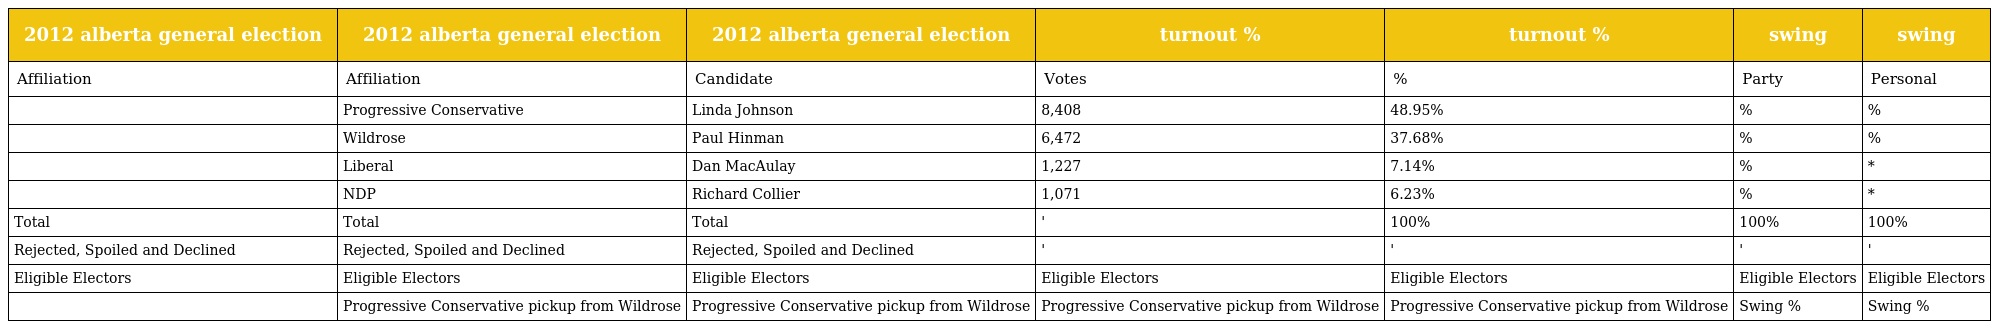
| 2012 alberta general election | 2012 alberta general election | 2012 alberta general election | turnout % | turnout % | swing | swing |
 | --- | --- | --- | --- | --- | --- | --- |
 | Affiliation | Affiliation | Candidate | Votes | % | Party | Personal |
 |  | Progressive Conservative | Linda Johnson | 8,408 | 48.95% | % | % |
 |  | Wildrose | Paul Hinman | 6,472 | 37.68% | % | % |
 |  | Liberal | Dan MacAulay | 1,227 | 7.14% | % | * |
 |  | NDP | Richard Collier | 1,071 | 6.23% | % | * |
 | Total | Total | Total | ' | 100% | 100% | 100% |
 | Rejected, Spoiled and Declined | Rejected, Spoiled and Declined | Rejected, Spoiled and Declined | ' | ' | ' | ' |
 | Eligible Electors | Eligible Electors | Eligible Electors | Eligible Electors | Eligible Electors | Eligible Electors | Eligible Electors |
 |  | Progressive Conservative pickup from Wildrose | Progressive Conservative pickup from Wildrose | Progressive Conservative pickup from Wildrose | Progressive Conservative pickup from Wildrose | Swing % | Swing % |